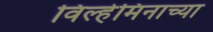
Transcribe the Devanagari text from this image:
विल्हेमिनाच्या